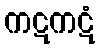
ကဋကဋံ